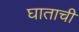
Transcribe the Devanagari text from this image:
घाताची